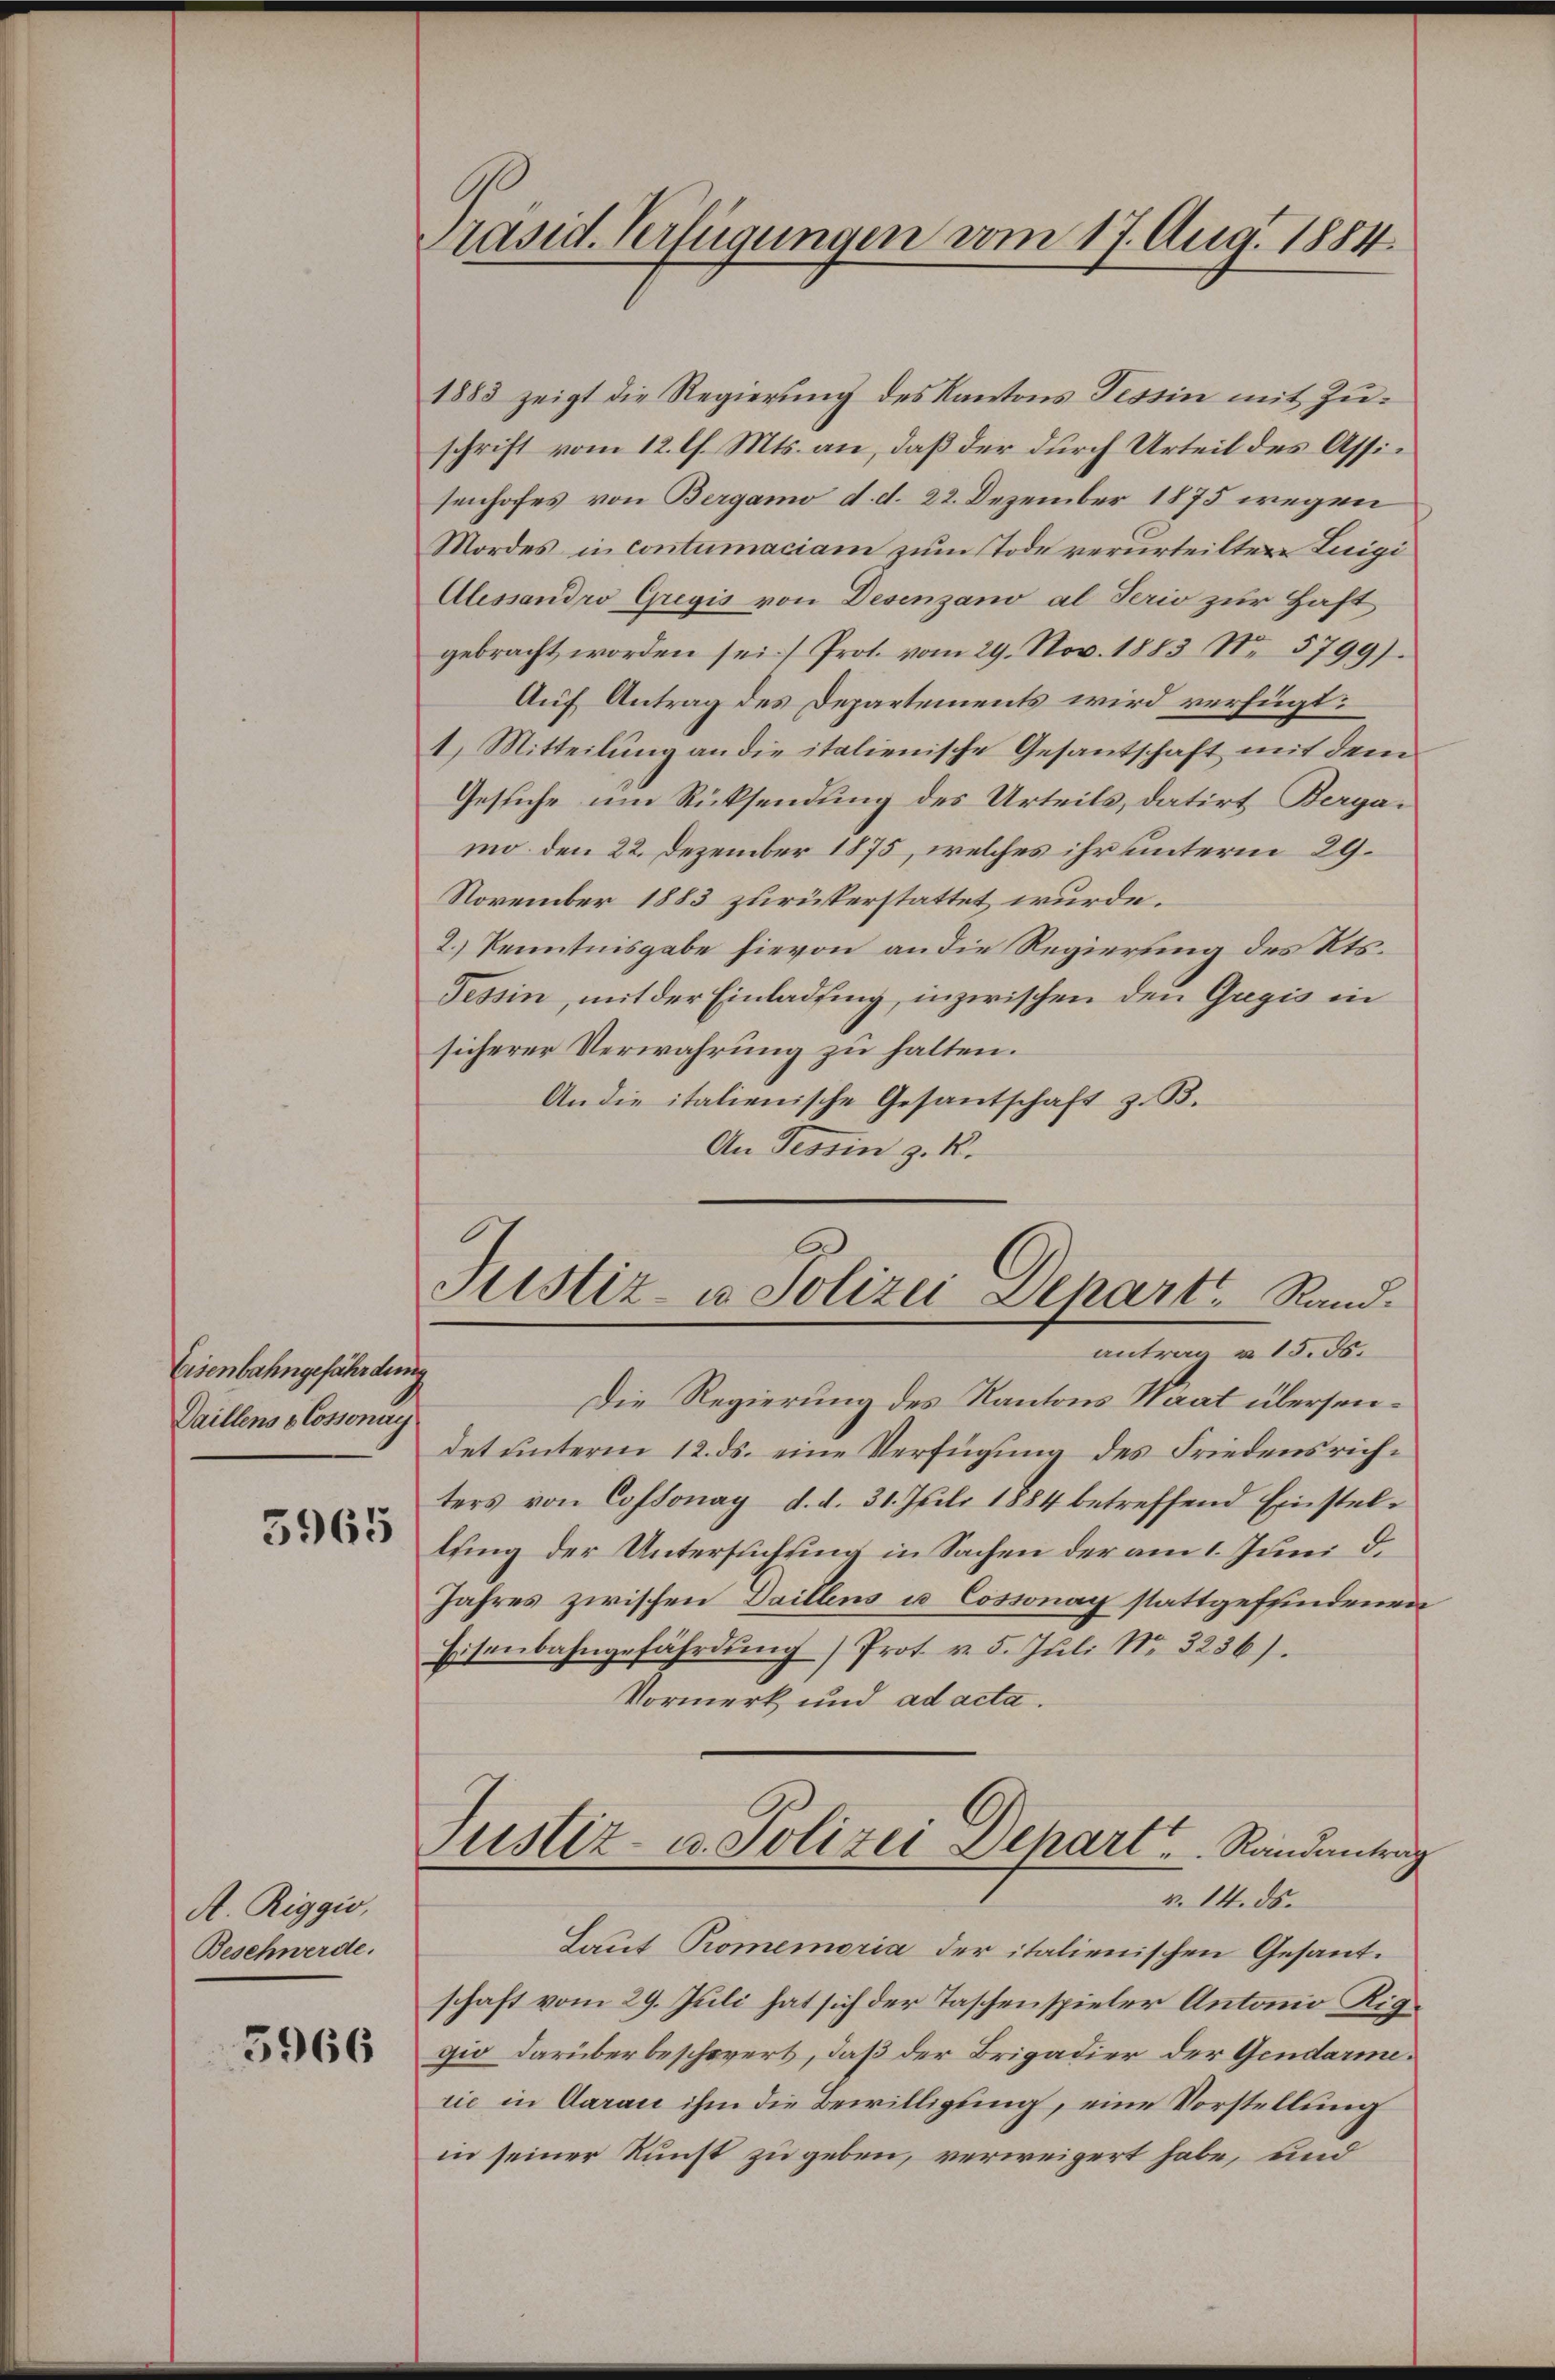
Eisenbahngefährdung
Daillens & Cossonay
5965

A. Riggio,
Beschwerde.

5966

Präsid. Verfügungen vom 17. Aug. 1884.

1883 zeigt die Regierung des Kantons Tessin mit Zuschrift vom 12. l. Mts. an, daß der durch Urteil des Assisenhofes von Bergani d. d. 22. Dezember 1875 wegen
Mordes in contumaciam zum Tode verurteilten Luigi
Alessandro Gregis von Desenzano al Perio zur Haft
gebracht worden sei Prot. vom 29. Nov. 1883 No 5799).
Auf Antrag des Departements wird verfügt:
1) Mitteilung an die italienische Gesantschaft mit dem
Gesuche um Rücksendung des Urteils, datirt Bergamo den 22. Dezember 1875, welches ihr unterm 29.
November 1883 zurückerstattet wurde.
2.) Kenntnisgabe hievon an die Regierung des Kts.
Tessin, mit der Einladung, inzwischen den Gugis in
sicherer Verwahrung zu halten.
An die italienische Gesandschaft z. B.
An Tessin z. B.

Justiz- u. Polizei Depart Rand.
antrag u. 15. 55.

Die Regierung des Kantons Waat übersendet unterm 12. ds. eine Verfügung des Friedensrichters von Cossonay d. d. 31. Juli 1884 betreffend Einstel-
lung der Untersuchung in Sachen der am 1. Juni d.
Jahres zwischen Daillens u Cossonay stattgefundenen
Eisenbahngefährdung) Prot v. 5. Juli No 3236).
Vormerk und ad acta.
Justiz- u. Polizei Depart      Randantrag
v. 14. ds.
Laut Promemoria der italienischen Gesantschaft vom 29. Juli hat sich der Taschenspieler Antonio Riggio darüberbeschwert, daß der Brigadier der Gendarmerie in Aarau ihm die Bewilligung, eine Vorstellung
in seiner Kunst zu geben, verweigert habe, und